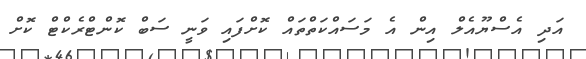
އަދި އެސްޔޫއެލް އިން އެ މަސައްކަތްތައް ކޮށްފައި ވަނީ ސަބް ކޮންޓްރެކްޓް ކޮށް